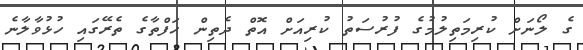
ގެ ލޯނަށް ކުރިމަތިލުމުގެ ފުރުސަތު ކުރިއަށް އޮތް ދެތިން ހަފްތާގެ ތެރޭގައި ހުޅުވާލާނެ